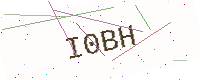
Text: I0BH